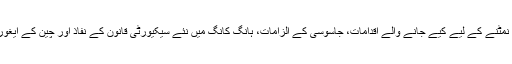
واضح رہے کہ امریکہ اور چین کے درمیان تجارت، کورونا وائرس سے نمٹنے کے لیے کیے جانے والے اقدامات، جاسوسی کے الزامات، ہانگ کانگ میں نئے سیکیورٹی قانون کے نفاذ اور چین کے ایغور مسلمانوں کے حقوق کے معاملے پر دونوں ملکوں میں تناؤ پایا جاتا ہے۔